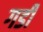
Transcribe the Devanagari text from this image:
गर्डी